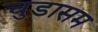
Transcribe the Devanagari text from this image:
चुडासम